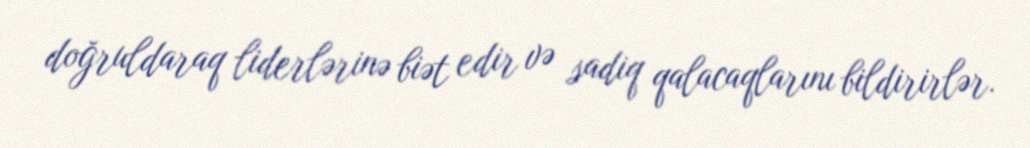
doğruldaraq liderlərinə biət edir və sadiq qalacaqlarını bildirirlər.